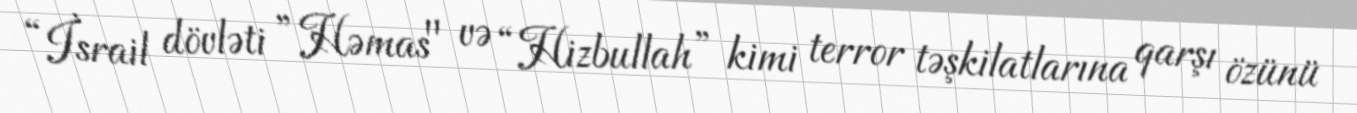
“İsrail dövləti ”Həmas" və “Hizbullah” kimi terror təşkilatlarına qarşı özünü